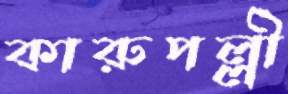
কারুপল্লী